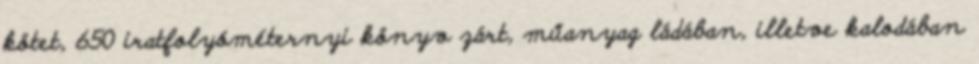
kötet, 650 iratfolyóméternyi könyv zárt, műanyag ládában, illetve kalodában